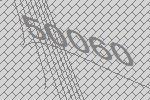
50060